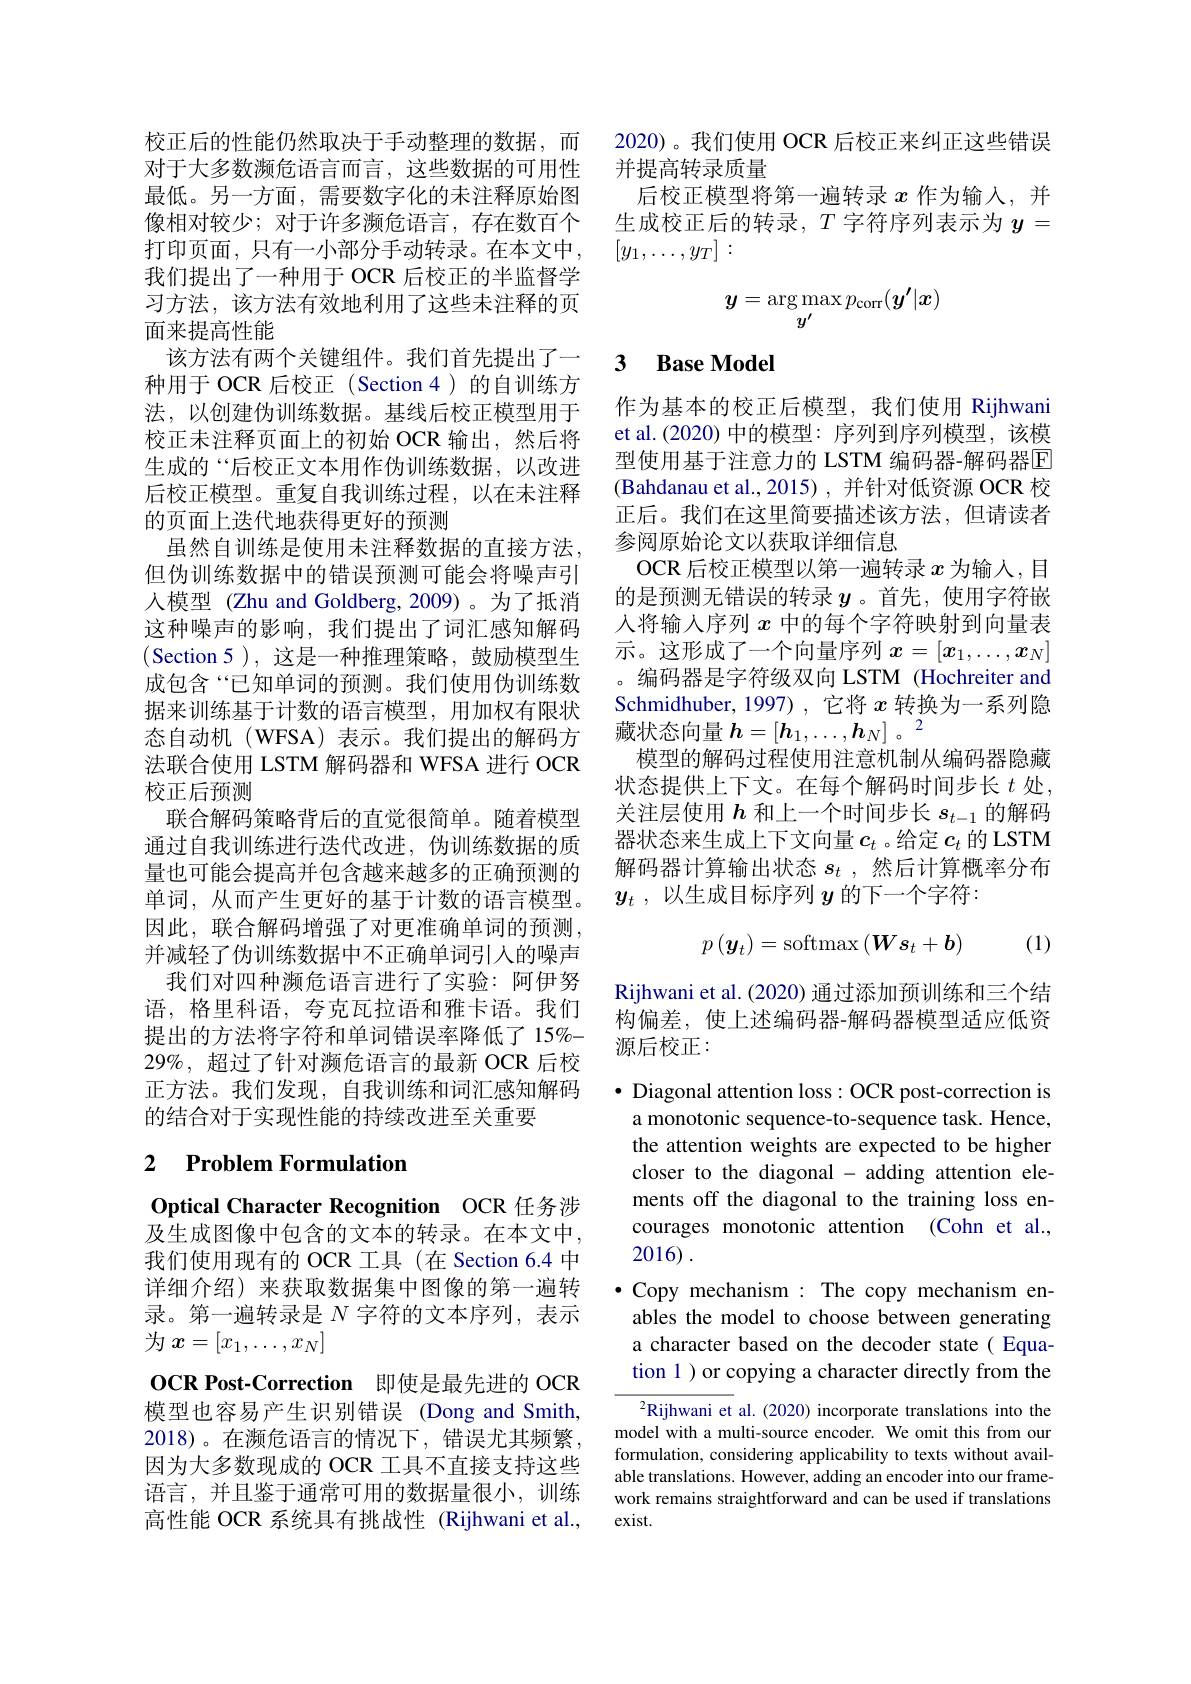
校正后的性能仍然取决于手动整理的数据，而对于大多数濒危语言而言，这些数据的可用性最低。另一方面，需要数字化的未注释原始图像相对较少；对于许多濒危语言，存在数百个打印页面，只有一小部分手动转录。在本文中， 我们提出了一种用于 OCR 后校正的半监督学习方法，该方法有效地利用了这些未注释的页面来提高性能
该方法有两个关键组件。我们首先提出了一种用于 OCR 后校正 (Section 4)的自训练方法，以创建伪训练数据。基线后校正模型用于校正未注释页面上的初始 OCR 输出，然后将生成的“后校正文本用作伪训练数据，以改进后校正模型。重复自我训练过程，以在未注释的页面上迭代地获得更好的预测
虽然自训练是使用未注释数据的直接方法， 但伪训练数据中的错误预测可能会将噪声引人模型 (Zhu and Goldberg, 2009) 。为了抵消这种噪声的影响，我们提出了词汇感知解码(Section 5),这是一种推理策略，鼓励模型生成包含“已知单词的预测。我们使用伪训练数据来训练基于计数的语言模型，用加权有限状态自动机(WFSA)表示。我们提出的解码方法联合使用 LSTM 解码器和 WFSA 进行 OCR 校正后预测
联合解码策略背后的直觉很简单。随着模型通过自我训练进行迭代改进，伪训练数据的质量也可能会提高并包含越来越多的正确预测的单词，从而产生更好的基于计数的语言模型。因此，联合解码增强了对更准确单词的预测， 并减轻了伪训练数据中不正确单词引人的噪声
我们对四种濒危语言进行了实验：阿伊努语，格里科语，夸克瓦拉语和雅卡语。我们提出的方法将字符和单词错误率降低了 15%- $29\%$,超过了针对濒危语言的最新 OCR 后校正方法。我们发现，自我训练和词汇感知解码的结合对于实现性能的持续改进至关重要

# 2 Problem Formulation

Optical Character Recognition OCR 任务涉及生成图像中包含的文本的转录。在本文中， 我们使用现有的 OCR 工具 (在 Section 6.4 中详细介绍) 来获取数据集中图像的第一遍转录。第一遍转录是$N$字符的文本序列，表示为$x=[x_1,\ldots,x_N]$
OCR Post-Correction 即使是最先进的 OCR 模型也容易产生识别错误 (Dong and Smith, 2018)。在濒危语言的情况下，错误尤其频繁， 因为大多数现成的 OCR 工具不直接支持这些语言，并且鉴于通常可用的数据量很小，训练高性能 OCR 系统具有挑战性 (Rijhwani et al.,

2020)。我们使用 OCR 后校正来纠正这些错误
并提高转录质量
后校正模型将第一遍转录$x$作为输入，并生成校正后的转录$,T$ 字符序列表示为 $y=$ $[y_1,\ldots,y_T]:$
$$\boldsymbol{y}=\underset{{\boldsymbol{y'}}}{\operatorname*{\arg\max}}p_{\mathrm{corr}}(\boldsymbol{y'}|\boldsymbol{x})$$
## 3 Base Model

作为基本的校正后模型，我们使用 Rijhwani et al.(2020) 中的模型：序列到序列模型，该模型使用基于注意力的 LSTM 编码器-解码器E (Bahdanau et al., 2015) , 并针对低资源 OCR 校正后。我们在这里简要描述该方法，但请读者参阅原始论文以获取详细信息
OCR 后校正模型以第一遍转录$x$为输入，目的是预测无错误的转录$y$。首先，使用字符嵌人将输入序列$x$中的每个字符映射到向量表示。这形成了一个向量序列$x=[x_1,\ldots,x_N]$ 。编码器是字符级双向 LSTM (Hochreiter and Schmidhuber, 1997) , 它将$x$转换为一系列隐藏状态向量$h=[\boldsymbol{h}_1,\ldots,\boldsymbol{h}_N]\mathrm{~。}^2$
模型的解码过程使用注意机制从编码器隐藏状态提供上下文。在每个解码时间步长$t$处， 关注层使用$h$和上一个时间步长$s_t-1$的解码器状态来生成上下文向量$c_t$ 。给定 $c_t$ 的 LSTM 解码器计算输出状态$s_t$ ,然后计算概率分布$y_t$ ,以生成目标序列$y$的下一个字符：
$$p\left(\boldsymbol{y}_t\right)=\mathrm{softmax}\left(\boldsymbol{W}\boldsymbol{s}_t+\boldsymbol{b}\right)$$
(1)

Rijhwani et al. (2020) 通过添加预训练和三个结构偏差，使上述编码器-解码器模型适应低资源后校正：

$\bullet$ Diagonal attention loss: OCR post-correction is a monotonic sequence-to-sequence task. Hence, the attention weights are expected to be higher closer to the diagonal - adding attention elements off the diagonal to the training loss encourages monotonic attention (Cohn et al., 2016).
·Copy mechanism : The copy mechanism en-
ables the model to choose between generating a character based on the decoder state( Equation 1 ) or copying a character directly from the

$^2$Rijhwani et al.(2020) incorporate translations into the model with a multi-source encoder. We omit this from our formulation, considering applicability to texts without available translations. However, adding an encoder into our framework remains straightforward and can be used if translations exist.